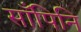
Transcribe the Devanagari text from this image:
साँपिनि